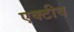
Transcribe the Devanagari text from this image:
एक्टीव